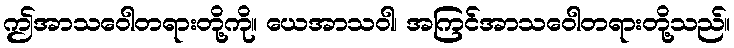
ဤအာသဝေါတရားတို့ကို။ ယေအာသဝါ၊ အကြင်အာသဝေါတရားတို့သည်။